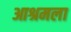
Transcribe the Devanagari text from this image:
आश्रमला